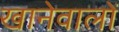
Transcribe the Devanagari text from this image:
खानेवालों